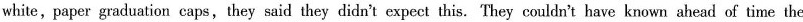
white, paper graduation caps,they said they didn't expect this. They couldn't have known ahead of time the